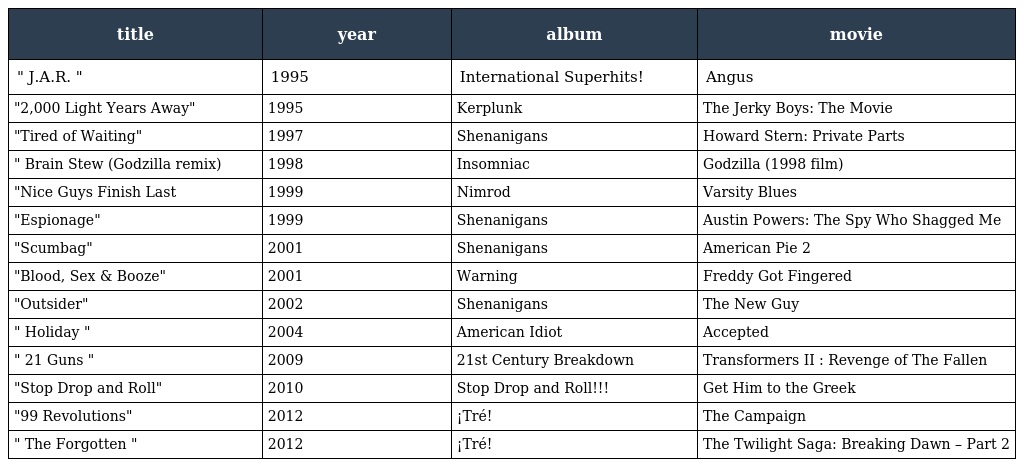
| title | year | album | movie |
 | --- | --- | --- | --- |
 | " J.A.R. " | 1995 | International Superhits! | Angus |
 | "2,000 Light Years Away" | 1995 | Kerplunk | The Jerky Boys: The Movie |
 | "Tired of Waiting" | 1997 | Shenanigans | Howard Stern: Private Parts |
 | " Brain Stew (Godzilla remix) | 1998 | Insomniac | Godzilla (1998 film) |
 | "Nice Guys Finish Last | 1999 | Nimrod | Varsity Blues |
 | "Espionage" | 1999 | Shenanigans | Austin Powers: The Spy Who Shagged Me |
 | "Scumbag" | 2001 | Shenanigans | American Pie 2 |
 | "Blood, Sex & Booze" | 2001 | Warning | Freddy Got Fingered |
 | "Outsider" | 2002 | Shenanigans | The New Guy |
 | " Holiday " | 2004 | American Idiot | Accepted |
 | " 21 Guns " | 2009 | 21st Century Breakdown | Transformers II : Revenge of The Fallen |
 | "Stop Drop and Roll" | 2010 | Stop Drop and Roll!!! | Get Him to the Greek |
 | "99 Revolutions" | 2012 | ¡Tré! | The Campaign |
 | " The Forgotten " | 2012 | ¡Tré! | The Twilight Saga: Breaking Dawn – Part 2 |